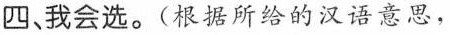
四、我会选.(根据所给的汉语意思,